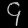
Digit: ၄